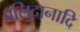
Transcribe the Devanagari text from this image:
बलिदानादि